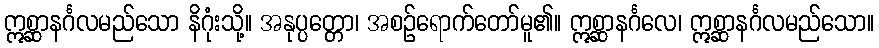
ဣစ္ဆာနင်္ဂလမည်သော နိဂုံးသို့။ အနုပ္ပတ္တော၊ အစဉ်ရောက်တော်မူ၏။ ဣစ္ဆာနင်္ဂလေ၊ ဣစ္ဆာနင်္ဂလမည်သော။